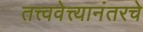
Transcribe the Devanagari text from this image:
तत्त्ववेत्त्यानंतरचे